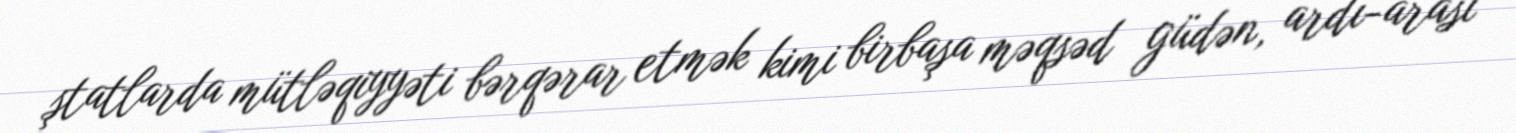
ştatlarda mütləqiyyəti bərqərar etmək kimi birbaşa məqsəd güdən, ardı-arası